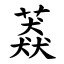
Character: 䔸